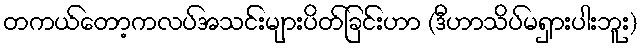
တကယ်တော့ကလပ်အသင်းများပိတ်ခြင်းဟာ (ဒီဟာသိပ်မရှားပါးဘူး)